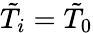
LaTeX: \tilde{T}_{i}=\tilde{T}_{0}